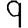
Digit: 9